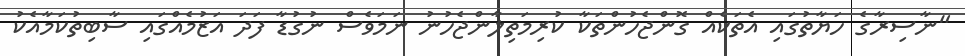
"ނާސިރާގެ ހަޔާތުގައި އެތަކެއް ގޮންޖެހުންތަކާ ކުރިމަތިލާންޖެހުނު ނަމަވެސް ނުގުޑާ ފަދަ އަޒުމެއްގައި ސާބިތުކަމާއެކު